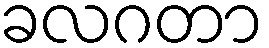
ခလဂတာ